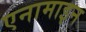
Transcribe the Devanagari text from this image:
एनामाइन